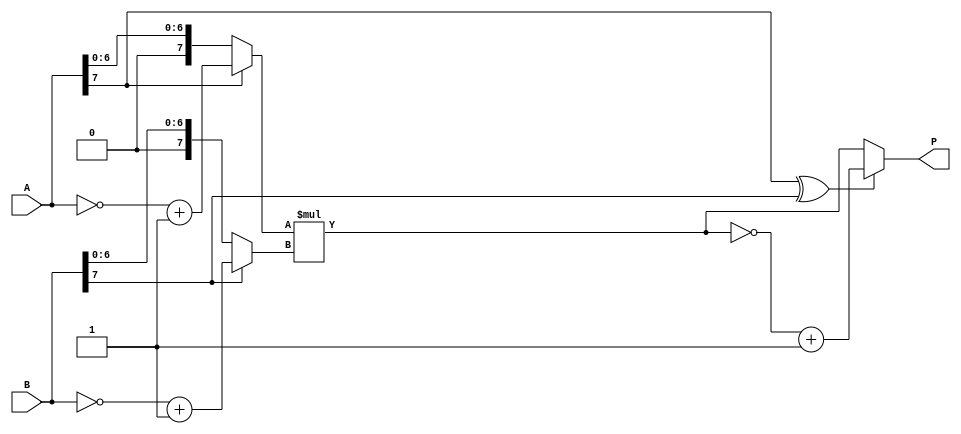
`timescale 1ns / 1ps
//////////////////////////////////////////////////////////////////////////////////
// 
// Design Name:     Multiplier8x8 
// Module Name:     Multiplier8x8  
// Project Name: Final Project(Module 1)
// Tool versions: v1
// Description: A simple 8*8-bit multiplier
//////////////////////////////////////////////////////////////////////////////////
module Multiplier8x8(
	input  [ 7:0] A , // input  [unsigned 08 bits]
	input  [ 7:0] B , // input  [unsigned 08 bits]
	output [15:0] P   // output [unsigned 16 bits]
    );
	wire [15:0] p1;
	wire [7:0] a1, b1;
	wire sign;
	assign a1 = A[7] ? (~A + 1) : A;    //unsigned value of A
	assign b1 = B[7] ? (~B + 1) : B;    //unsigned value of B
	assign sign = A[7] ^ B[7];          //sign of P
	assign p1 = a1 * b1;                //unsigned value of P
assign P = sign ? (~p1 + 1) : p1;   //final output (P)

endmodule